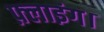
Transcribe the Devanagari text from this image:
फ़्लाइंग।